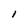
Character: l